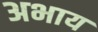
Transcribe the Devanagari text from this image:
अभाय